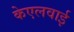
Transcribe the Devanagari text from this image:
केएलवाई